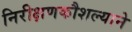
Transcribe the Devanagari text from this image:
निरीक्षणकौशल्याने